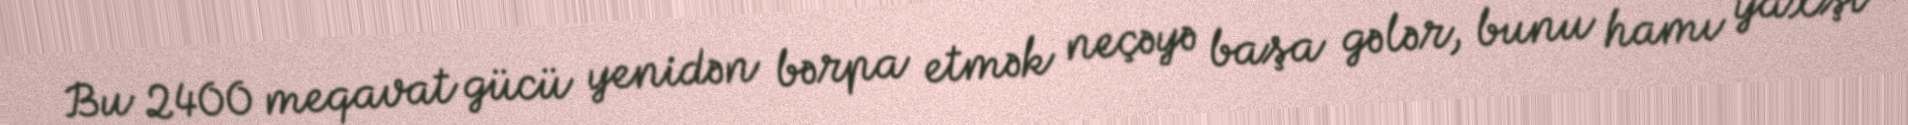
Bu 2400 meqavat gücü yenidən bərpa etmək neçəyə başa gələr, bunu hamı yaxşı